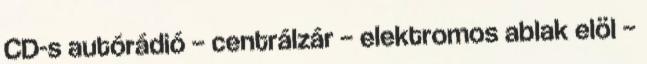
CD-s autórádió – centrálzár – elektromos ablak elöl –